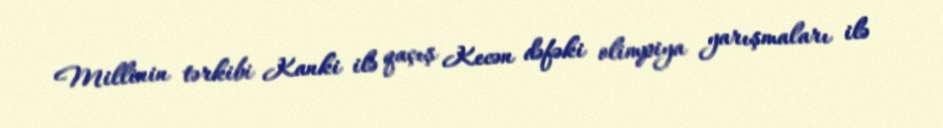
Millinin tərkibi Kanki ilə qaçış Kecən dəfəki olimpiya yarışmaları ilə